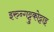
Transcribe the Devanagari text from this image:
इरुन्गट्टुकोट्टाइ